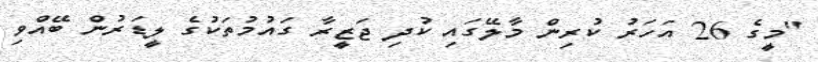
"މީގެ 26 އަހަރު ކުރިން މާލޭގައި ކުދި ޖަޒީރާ ގައުމުތަކުގެ ލީޑަރުން ބޭއްވި